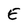
Character: E